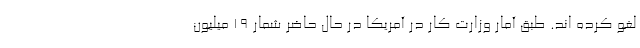
لغو کرده اند. طبق آمار وزارت کار در آمریکا در حال حاضر شمار ۱۹ میلیون